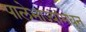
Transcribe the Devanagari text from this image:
पालेभाज्यांमधून